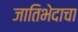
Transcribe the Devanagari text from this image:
जातिभेदाचा